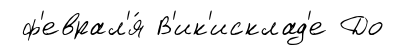
ф'еврал'я́ В'ик'исклад'е До